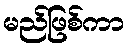
မည်ဖြစ်ကာ